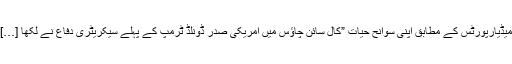
میڈیارپورٹس کے مطابق اپنی سوانح حیات ”کال سائن چاؤسََ میں امریکی صدر ڈونلڈ ٹرمپ کے پہلے سیکریٹری دفاع نے لکھا […]